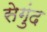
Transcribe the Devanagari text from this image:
सेगुंद